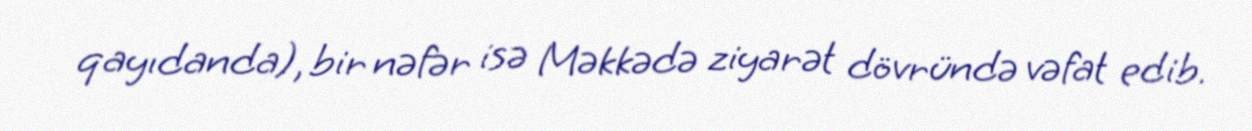
qayıdanda), bir nəfər isə Məkkədə ziyarət dövründə vəfat edib.